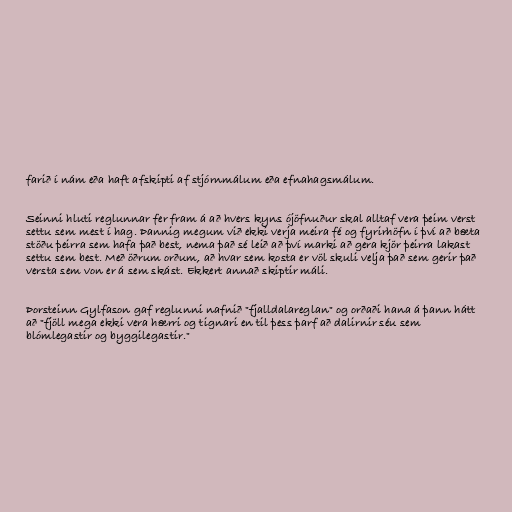
farið í nám eða haft afskipti af stjórnmálum eða efnahagsmálum.

Seinni hluti reglunnar fer fram á að hvers kyns ójöfnuður skal alltaf vera þeim verst
settu sem mest í hag. Þannig megum við ekki verja meira fé og fyrirhöfn í því að bæta
stöðu þeirra sem hafa það best, nema það sé leið að því marki að gera kjör þeirra lakast
settu sem best. Með öðrum orðum, að hvar sem kosta er völ skuli velja það sem gerir það
versta sem von er á sem skást. Ekkert annað skiptir máli.

Þorsteinn Gylfason gaf reglunni nafnið "fjalldalareglan" og orðaði hana á þann hátt
að "fjöll mega ekki vera hærri og tignari en til þess þarf að dalirnir séu sem
blómlegastir og byggilegastir."